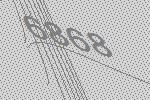
6868